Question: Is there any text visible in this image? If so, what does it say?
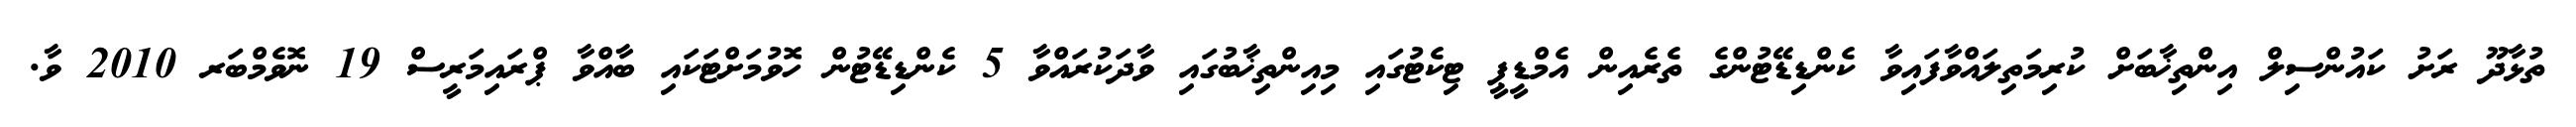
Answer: ތުޅާދޫ ރަށު ކައުންސިލް އިންތިޚާބަށް ކުރިމަތިލައްވާފައިވާ ކެންޑިޑޭޓުންގެ ތެރެއިން އެމްޑީޕީ ޓިކެޓުގައި މިއިންތިޚާބުގައި ވާދަކުރައްވާ 5 ކެންޑިޑޭޓުން ހޮވުމަށްޓަކައި ބާއްވާ ޕްރައިމަރީސް 19 ނޮވެމްބަރ 2010 ވާ.